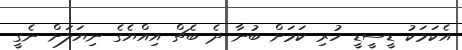
އެކަމަކު ޑީސީޑީ ހުރި ކަމަށް ބުނާ ދެ ބެޗް އިއްޔެގެ ނިޔަލަށް ނެގީ